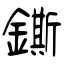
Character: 鐁